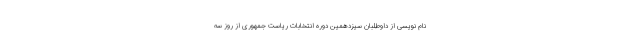
نام نویسی از داوطلبان سیزدهمین دوره انتخابات ریاست جمهوری از روز سه